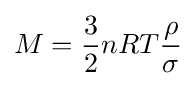
M={3 \over 2}nRT{\rho  \over \sigma }